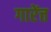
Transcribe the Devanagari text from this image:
गारेंत्त